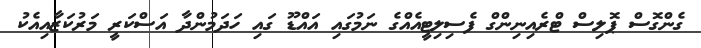
ގެންގޮސް ޕޮލިސް ޓްރެއިނިންގް ފެސިލިޓީއެއްގެ ނަމުގައި އައްޑޫ ގައި ހަދަމުންދާ އަސްކަރީ މަރުކަޒާއިއެކު